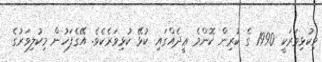
މިކުޅިވަރަކީ 1990 ގެ ކުރިން ކޮންމެ ޢީދެއްގައި ކުޅޭ ކުޅިވަރެކެވެ. އޭގެފަހުން މިކުލިވަރުގެ